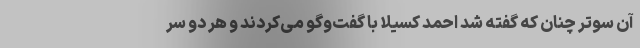
آن سو‌تر چنان که گفته شد احمد کسیلا با گفت‌و‌گو می‌کردند و هر دو سر